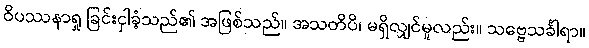
ဝိပဿနာရှု ခြင်းငှါခံ့သည်၏ အဖြစ်သည်။ အသတိပိ၊ မရှိလျှင်မူလည်း။ သဗ္ဗေသင်္ခါရာ။